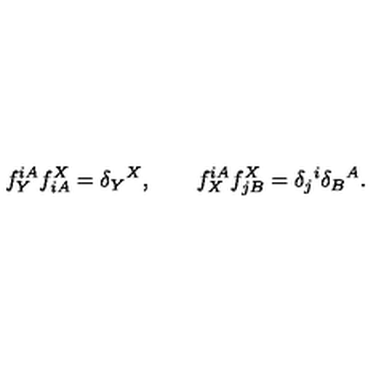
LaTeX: f _ { Y } ^ { i A } f _ { i A } ^ { X } = \delta _ { Y } { } ^ { X } , \qquad f _ { X } ^ { i A } f _ { j B } ^ { X } = \delta _ { j } { } ^ { i } \delta _ { B } { } ^ { A } .